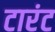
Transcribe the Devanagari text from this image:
टारंट